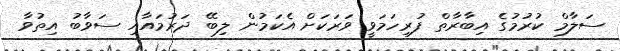
ސަލާމް ކުރުމުގެ އިބާރާތް ފުރިހަމަވީ ވަރަކަށް އެކަމުން ލިބޭ ދަރުމައާއި ސަވާބު އިތުވާ